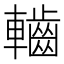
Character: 𮝱